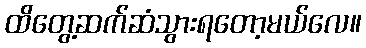
ထိတွေ့ဆက်ဆံသွားရတော့မယ်လေ။